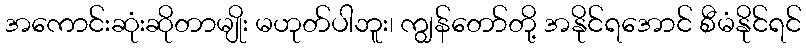
အကောင်းဆုံးဆိုတာမျိုး မဟုတ်ပါဘူး၊ ကျွန်တော်တို့ အနိုင်ရအောင် စီမံနိုင်ရင်